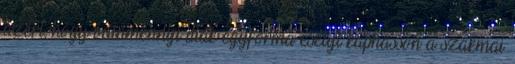
azért, hogy valamennyi diák egyforma esélyt kaphasson a szakmai